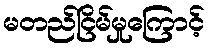
မတည်ငြိမ်မှုကြောင့်